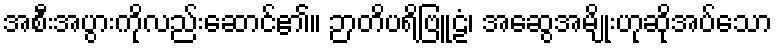
အစီးအပွားကိုလည်းဆောင်၏။ ဉာတိပရိဗြူဠံ၊ အဆွေအမျိုးဟုဆိုအပ်သော